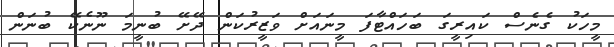
މީހަކު ގެނެސް ކައިރީގަ ބަހައްޓާފަ މީނައަށް ވަޒީރުކަން ދޭށޭ ބުނީމަ ނޫނެކޭ ބުނަން